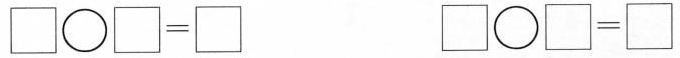
$$\Box \bigcirc \Box = \Box$$ $$\Box \bigcirc \Box = \Box$$